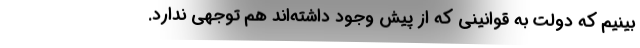
‌بینیم که دولت به قوانینی که از پیش وجود داشته‌اند هم توجهی ندارد.